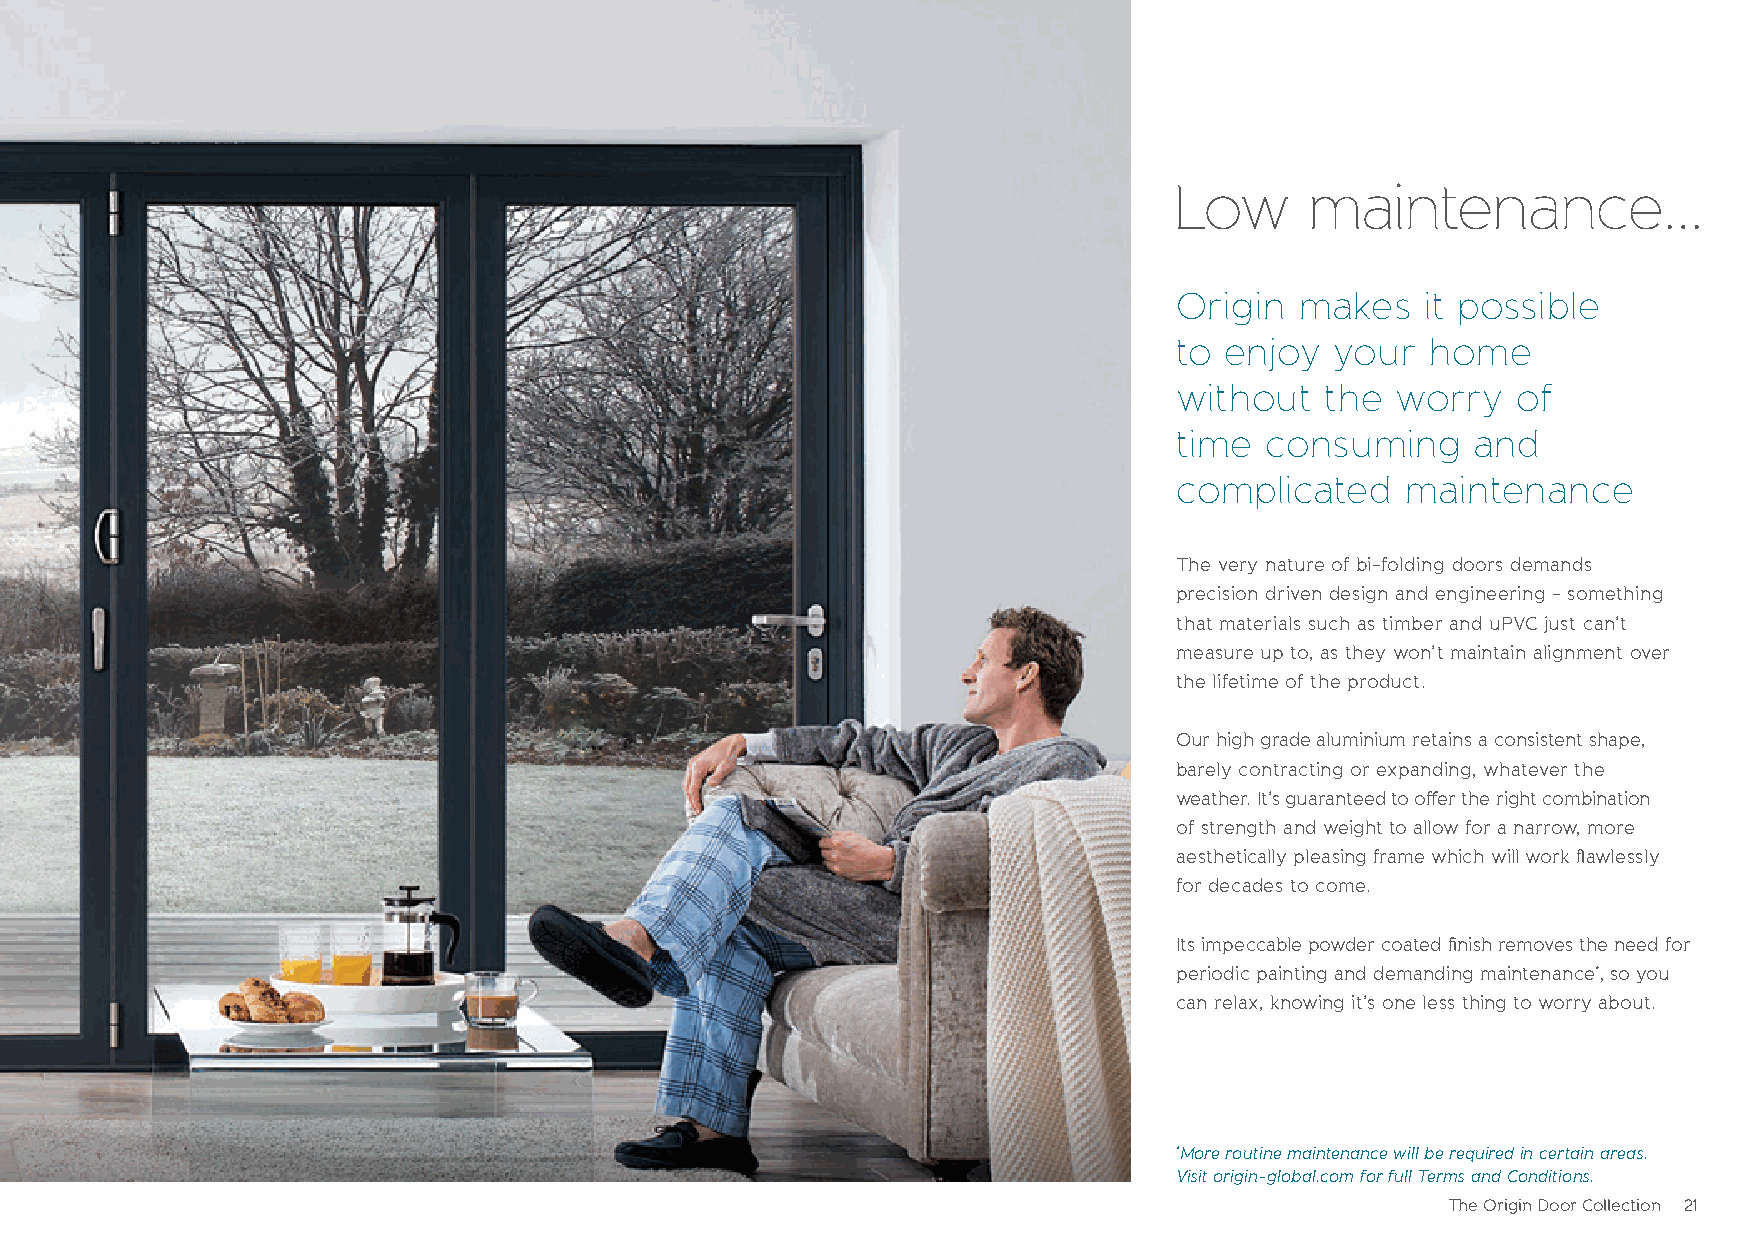
Low      maintenance...
 Origin  makes   it possible
 to enjoy  your   home
 without   the worry   of
 time  consuming     and
 complicated    maintenance
 The very nature of bi-folding doors demands
 precision driven design and engineering - something
 that materials such as timber and uPVC just can’t
 measure up to, as they won’t maintain alignment over
 the lifetime of the product.
 Our high grade aluminium retains a consistent shape,
 barely contracting or expanding, whatever the
 weather. It’s guaranteed to offer the right combination
 of strength and weight to allow for a narrow, more
 aesthetically pleasing frame which will work flawlessly
 for decades to come.
 Its impeccable powder coated finish removes the need for
 periodic painting and demanding maintenance*, so you
 can relax, knowing it’s one less thing to worry about.
 *More routine maintenance will be required in certain areas.
 Visit origin-global.com for full Terms and Conditions.
 The Origin Door Collection 21